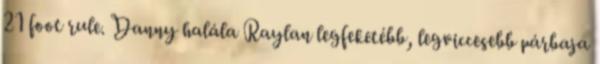
21 foot rule. Danny halála Raylan legfeketébb, legviccesebb párbaja